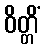
ဝိတ္တိံ